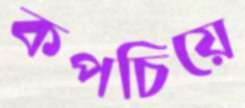
কপচিয়ে